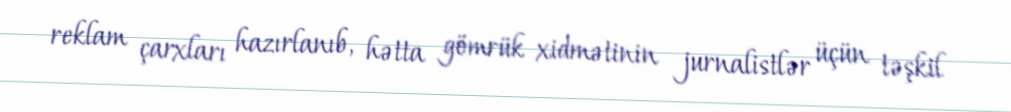
reklam çarxları hazırlanıb, hətta gömrük xidmətinin jurnalistlər üçün təşkil